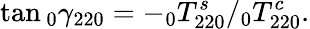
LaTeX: \tan\phantom{}_{0}\gamma_{220}=-\phantom{}_{0}T_{220}^{s}/\phantom{}_{0}T_{220}^{c}.